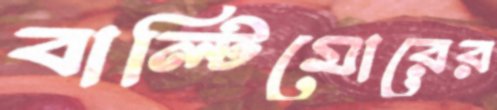
বাল্টিমোরের